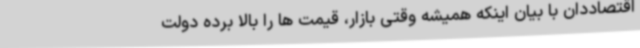
اقتصاددان با بیان اینکه همیشه وقتی بازار، قیمت ها را بالا برده دولت